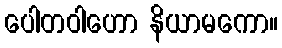
ပေါတဝါဟော နိယာမကော။